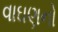
વાઘણનો